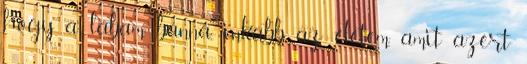
hogy a lábam bánná, inkább az életem, amit azért